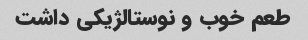
طعم خوب و نوستالژیکی داشت